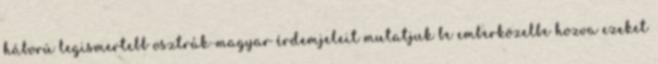
háború legismertebb osztrák-magyar érdemjeleit mutatjuk be emberközelbe hozva ezeket